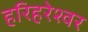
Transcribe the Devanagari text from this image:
हरिहरेश्‍वर